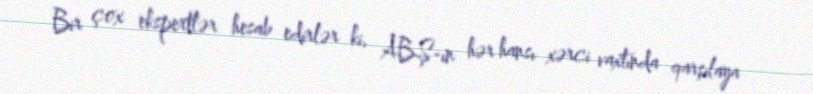
Bir çox ekspertlər hesab edirlər ki, ABŞ-ın hər hansı xərci vaxtında qarşılaya